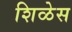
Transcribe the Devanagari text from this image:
शिळेस